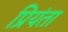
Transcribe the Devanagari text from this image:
प्रियंता